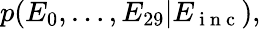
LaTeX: \begin{array}{r}{p(E_{0},\dots,E_{29}\vert E_{\mathrm{~i~n~c~}}),}\end{array}